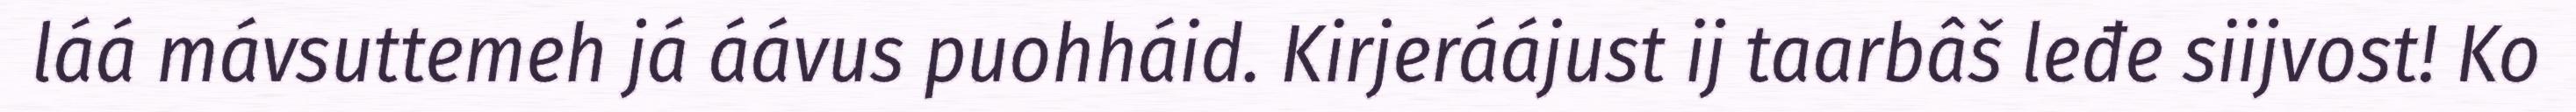
láá mávsuttemeh já áávus puohháid. Kirjeráájust ij taarbâš leđe siijvost! Ko